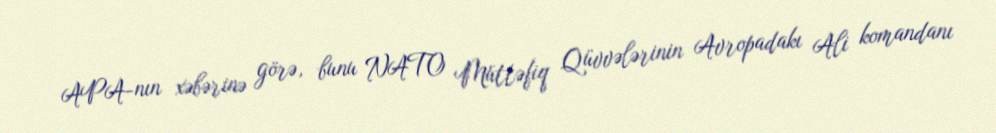
APA-nın xəbərinə görə, bunu NATO Müttəfiq Qüvvələrinin Avropadakı Ali komandanı